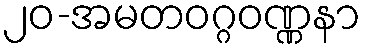
၂၀-အမတဝဂ္ဂဝဏ္ဏနာ